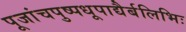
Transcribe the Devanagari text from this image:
पूजांचपुष्पधूपाद्यैर्बलिभिः